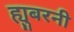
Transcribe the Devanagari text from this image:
ह्युबरनी